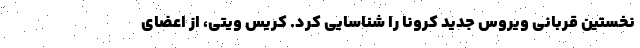
نخستین قربانی ویروس جدید کرونا را شناسایی کرد. کریس ویتی، از اعضای